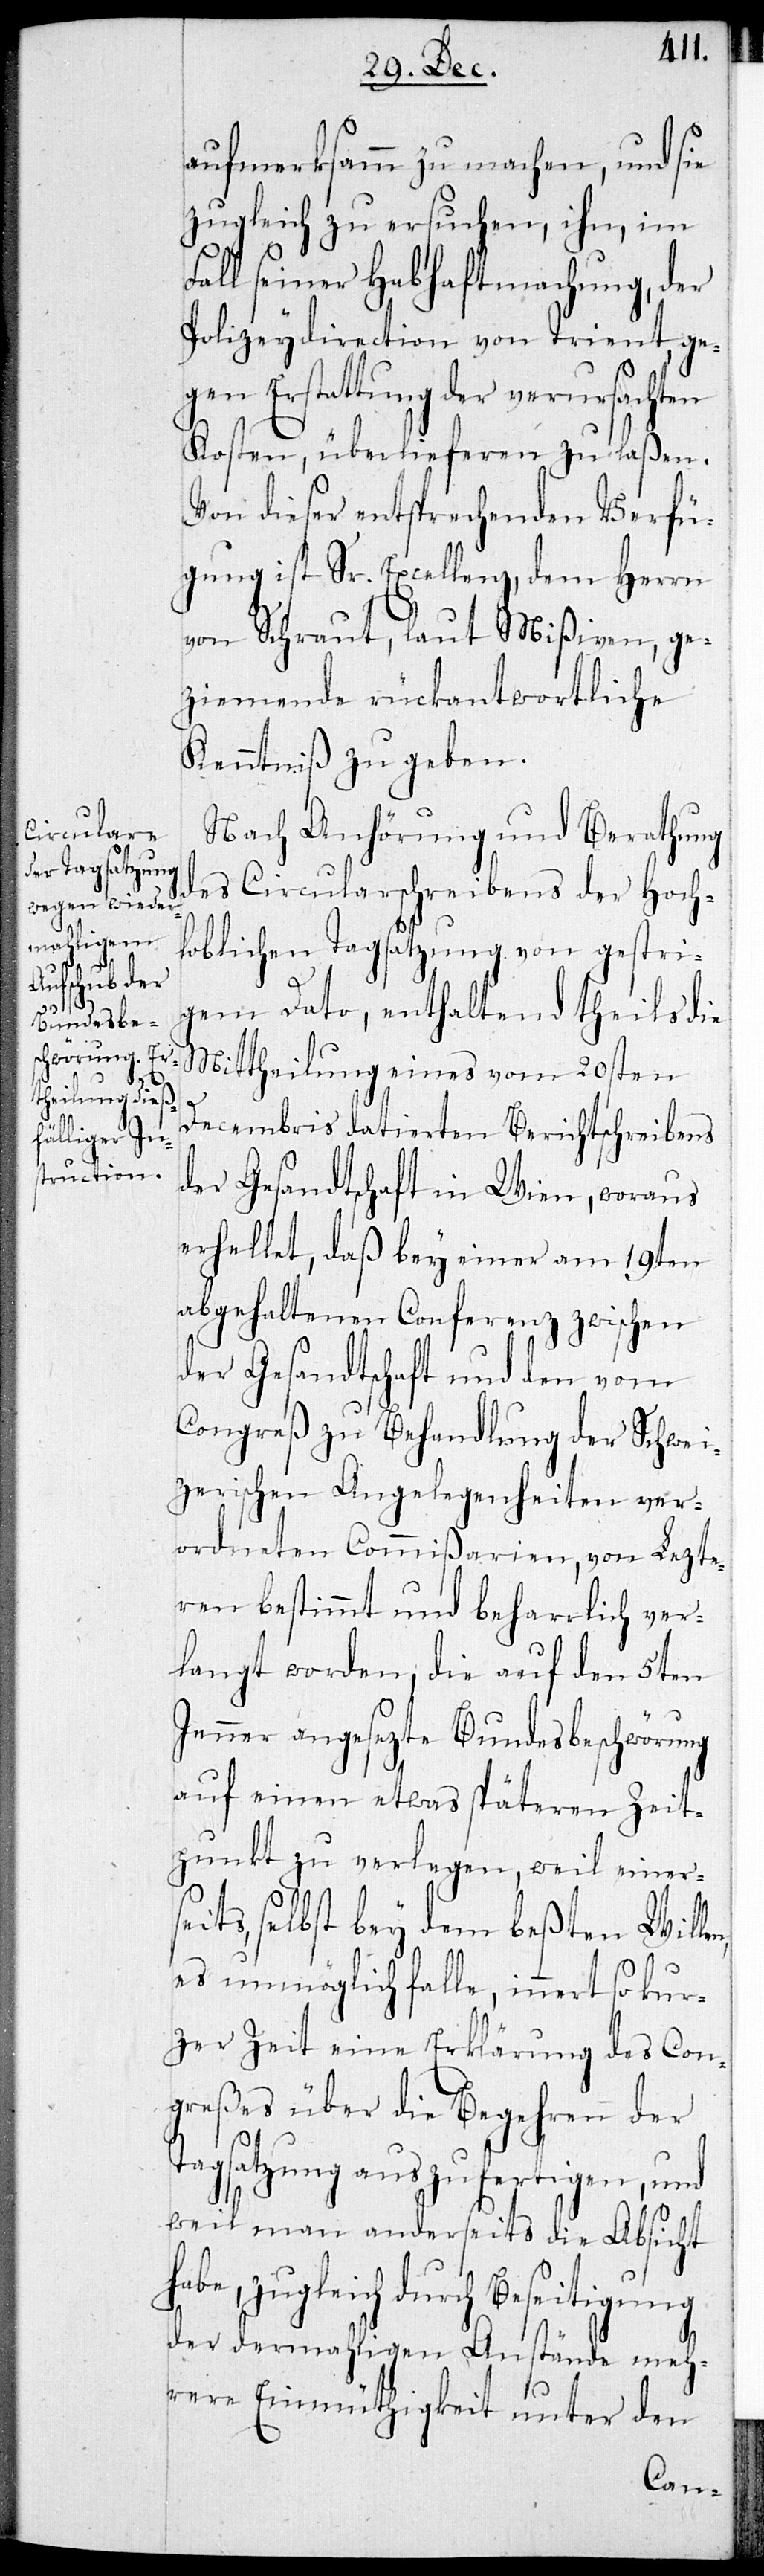
zug¬

aufmerksamm zu machen, und sie
zugleich zu ersuchen, ihn, im
ll seiner Habhaftmachung, der
Polizeydirection von Trient ge¬
gen Erstattung der verursachten
Kosten, überlieferen zu laßen.
Von dieser entsprechenden Verfü¬
gung ist Sr. Excellenz, dem Herrn
von Schraut, laut Mißiven, ge¬
ziemende rückantwortliche
Kenntniß zu geben.
Nach Anhörung und Berathung
des Circularschreibens der Hoch¬
loblichen Tagsatzung von gestri¬
gem Dato, enthaltend theils die
Mittheilung eines vom 20sten
Decembris datierten Berichtschreibens
der Gesandtschaft in Wien, woraus
erhellet, daß bey einer am 19ten
abgehaltenen Conferenz zwischen
der Gesandtschaft und den vom
Congreß zu Behandlung der Schwei¬
zerischen Angelegenheiten ver¬
ordneten Commißarien, von Lezte¬
ren bestimmt und beharrlich ver¬
langt worden, die auf den 5ten
Jenner angesezte Bundesbeschwörung
auf einen etwas späteren Zeit¬
punkt zu verlegen, weil einers¬
eits, selbst bey dem besten Willen
es unmöglich falle, innert so kur¬
zer Zeit eine Erklärung des Con¬
greßes über die Begehren der
Tagsatzung auszufertigen, und
weil man anderseits die Absicht
leich durch Beseitigung
der dermahligen Anstände meh¬
rere Einmüthigkeit unter den